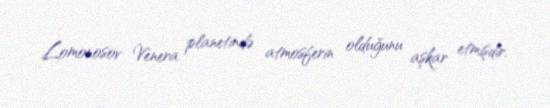
Lomonosov Venera planetində atmosferin olduğunu aşkar etmişdir.